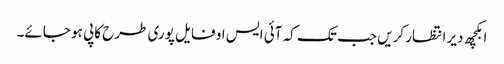
ابکچھ دیر انتظار کریں جب تک کہ آئی ایس او فایل پوری طرح کاپی ہو جائے۔